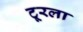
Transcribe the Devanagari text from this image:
टूरला